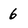
Character: 6